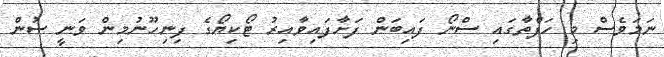
ނަމަވެސް މި ހަފްތާގައި ސްނޯ ފައިބަން ފަށާފައިވާއިރު ޓޯކިޔޯގެ ފިނިހޫނުމިން ވަނީ ސުން